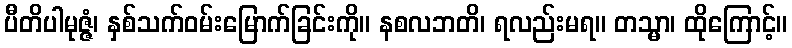
ပီတိပါမုဇ္ဇံ၊ နှစ်သက်ဝမ်းမြောက်ခြင်းကို။ နစလဘတိ၊ ရလည်းမရ။ တသ္မာ၊ ထိုကြောင့်။